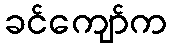
ခင်ကျော်က